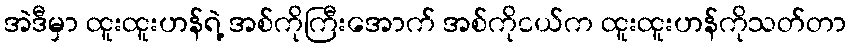
အဲဒီမှာ ထူးထူးဟန်ရဲ့ အစ်ကိုကြီးအောက် အစ်ကိုငယ်က ထူးထူးဟန်ကိုသတ်တာ